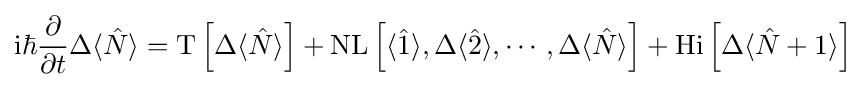
\mathrm {i} \hbar {\frac {\partial }{\partial t}}\Delta \langle {\hat {N}}\rangle =\mathrm {T} \left[\Delta \langle {\hat {N}}\rangle \right]+\mathrm {NL} \left[\langle {\hat {1}}\rangle ,\Delta \langle {\hat {2}}\rangle ,\cdots ,\Delta \langle {\hat {N}}\rangle \right]+\mathrm {Hi} \left[\Delta \langle {\hat {N}}+1\rangle \right]